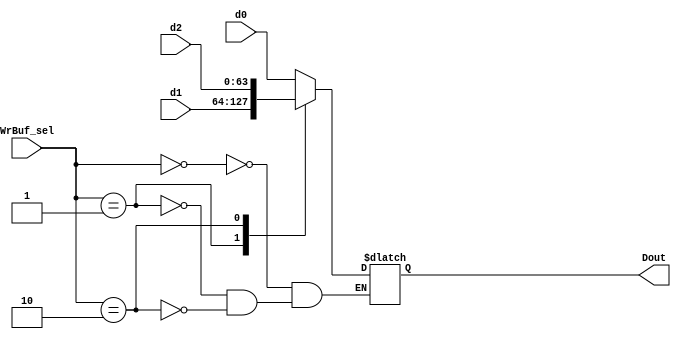
`timescale 1ns / 1ps
//////////////////////////////////////////////////////////////////////////////////
// Company: 
// Engineer: 
// 
// Design Name: 
// Module Name:    WrBuf_mux 
// Project Name: 
// Target Devices: 
// Tool versions: 
// Description: 
//
// Dependencies: 
//
// Revision: 
// Revision 0.01 - File Created
// Additional Comments: 
//
//////////////////////////////////////////////////////////////////////////////////
module WrBuf_mux(d2, d1, d0, WrBuf_sel,Dout);
  input [63:0] d2,d1,d0;
  input [1:0] WrBuf_sel;
  output[63:0] Dout;
  reg [63:0]   Dout;
	
  always@(d2,d1,d0, WrBuf_sel) begin
    case(WrBuf_sel)
      2'b00: Dout=d0;
      2'b01: Dout=d1;
      2'b10: Dout=d2;
      default: Dout=Dout;

    endcase
  end	 

endmodule